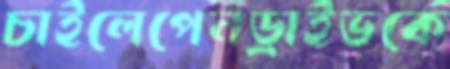
চাইলেপেনড্রাইভকে